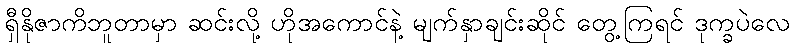
ရှီနိုဇာကိဘူတာမှာ ဆင်းလို့ ဟိုအကောင်နဲ့ မျက်နှာချင်းဆိုင် တွေ့ကြရင် ဒုက္ခပဲလေ